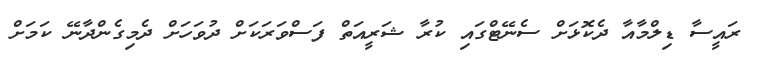
ރައީސާ ޑިލްމާއާ ދެކޮޅަށް ސެނޭޓްގައި ކުރާ ޝަރީއަތް ފަސްވަރަކަށް ދުވަހަށް ދެމިގެންދާނޭ ކަމަށް